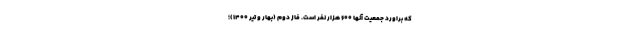
که براورد جمعیت آنها ۶۰۰ هزار نفر است. فاز دوم (بهار و تیر ۱۴۰۰)؛